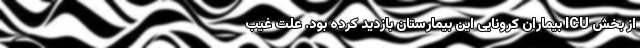
از بخش ICU بیماران کرونایی این بیمارستان بازدید کرده بود. علت غیب